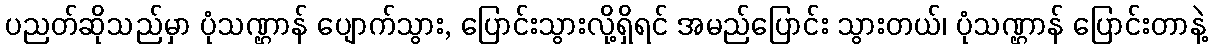
ပညတ်ဆိုသည်မှာ ပုံသဏ္ဌာန် ပျောက်သွား, ပြောင်းသွားလို့ရှိရင် အမည်ပြောင်း သွားတယ်၊ ပုံသဏ္ဌာန် ပြောင်းတာနဲ့